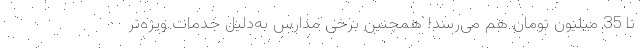
تا 35 میلیون تومان هم می‌رسد! همچنین برخی مدارس به‌دلیل خدمات ویژه‌تر